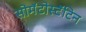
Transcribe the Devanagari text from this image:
सोमॅटोस्टॅटिन